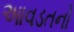
આવડતનો